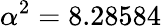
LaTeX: \alpha^{2}=8.28584